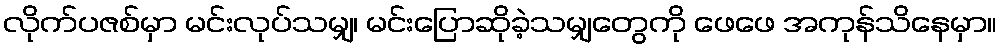
လိုက်ပဇစ်မှာ မင်းလုပ်သမျှ၊ မင်းပြောဆိုခဲ့သမျှတွေကို ဖေဖေ အကုန်သိနေမှာ။